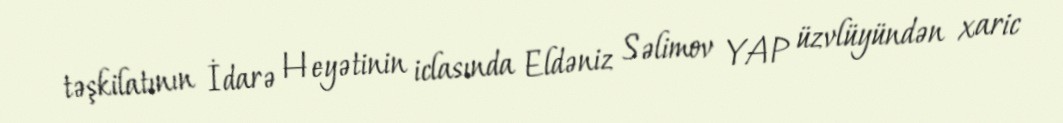
təşkilatının İdarə Heyətinin iclasında Eldəniz Səlimov YAP üzvlüyündən xaric